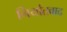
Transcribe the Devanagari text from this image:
निर्यातवाद